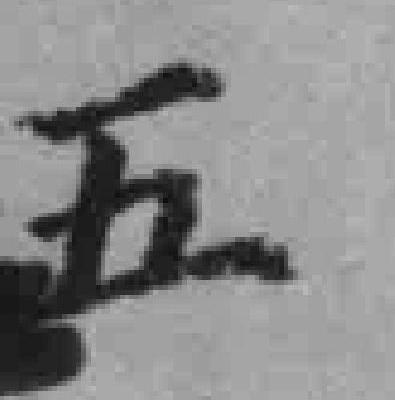
五